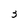
Character: 3